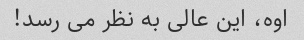
اوه، این عالی به نظر می رسد!